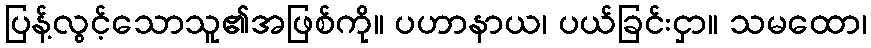
ပြန့်လွင့်သောသူ၏အဖြစ်ကို။ ပဟာနာယ၊ ပယ်ခြင်းငှာ။ သမထော၊